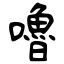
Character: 嚕